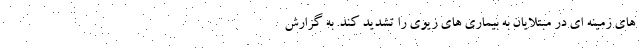
های زمینه ای در مبتلایان به بیماری های ریوی را تشدید کند. به گزارش